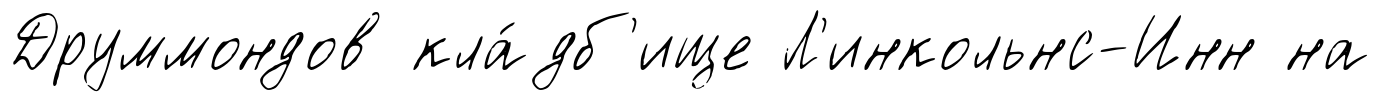
Друммондов кла́дб'ище Л'инкольнс-Инн на